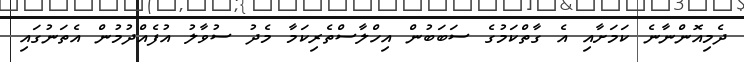
ދެމިއޮންނާނެ ކަމަށާއި އެ ގާތްކަމުގެ ސަބަބުން އިހްލާސްތެރިކަމާ މެދު ސުވާލު އުފެއްދުމުން އެތަނުގައި